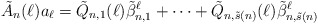
\begin{align*}\tilde{A}_n(\ell)a_{\ell}=\tilde{Q}_{n,1}(\ell)\tilde{\beta}_{n,1}^{\ell}+\cdots+\tilde{Q}_{n,\tilde{s}(n)}(\ell)\tilde{\beta}_{n,\tilde{s}(n)}^{\ell}\end{align*}